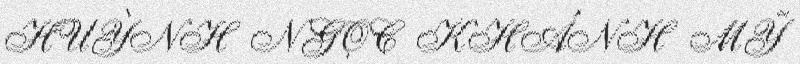
HUỲNH NGỌC KHÁNH MỸ